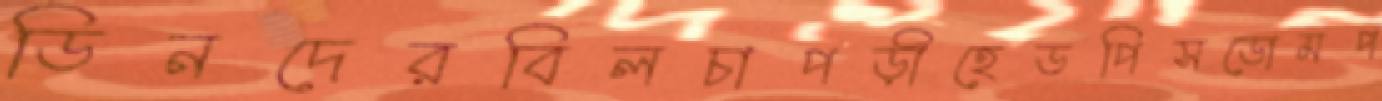
ডিনদেরবিলচাপড়ীহেডপিসডোমপ